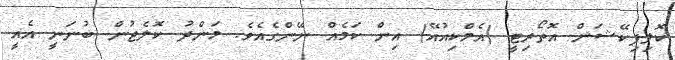
ކޮލިފިކޭޝަން އޮތޯރިޓީ (އެމްކިއުއޭ) އިން ކަމެއް ނޭންގެއެވެ. މަންދު ކޮލެޖުން ބުނަނީ އެއީ